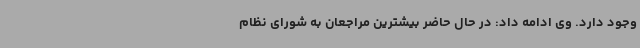
وجود دارد. وی ادامه داد: در حال حاضر بیشترین مراجعان به شورای نظام